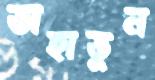
তাহাতুন